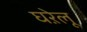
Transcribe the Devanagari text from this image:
घऱेलू